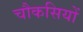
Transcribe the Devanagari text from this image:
चौकसियों